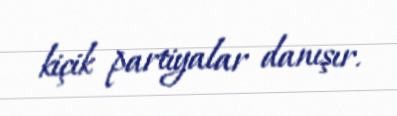
kiçik partiyalar danışır.